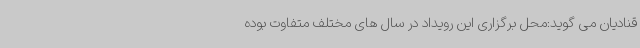
قنادیان می گوید:محل برگزاری این رویداد در سال های مختلف متفاوت بوده